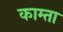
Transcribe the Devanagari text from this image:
काम्ता